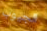
الجيوب